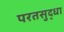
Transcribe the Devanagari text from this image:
परतसुद्धा